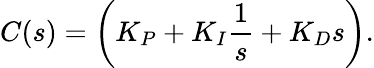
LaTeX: C(s)=\left(K_{P}+K_{I}{\frac{1}{s}}+K_{D}s\right).